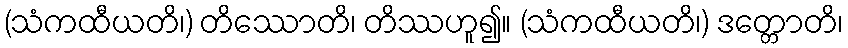
(သံကထီယတိ၊) တိဿောတိ၊ တိဿဟူ၍။ (သံကထီယတိ၊) ဒတ္တောတိ၊